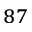
^ { 8 7 }